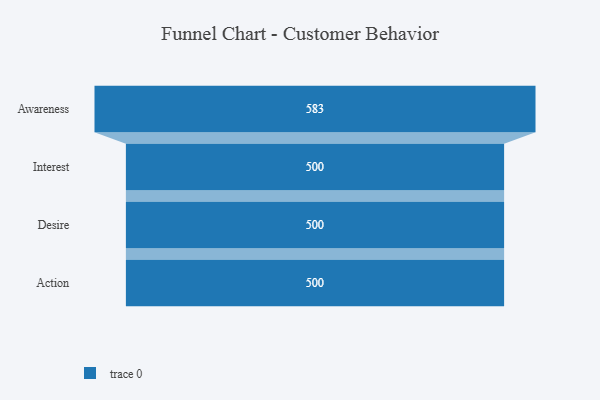
{"axis": {"x": "Stage", "y": "Value"}, "legend": [""], "data": [{"x": "Awareness", "y": 583.0, "type": ""}, {"x": "Interest", "y": 500, "type": ""}, {"x": "Desire", "y": 500, "type": ""}, {"x": "Action", "y": 500, "type": ""}]}